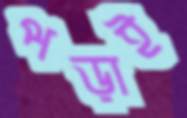
পড়াই